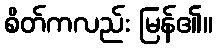
စိတ်ကလည်း မြန်၏။